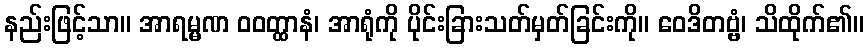
နည်းဖြင့်သာ။ အာရမ္မဏ ဝဝတ္ထာနံ၊ အာရုံကို ပိုင်းခြားသတ်မှတ်ခြင်းကို။ ဝေဒိတဗ္ဗံ၊ သိထိုက်၏။